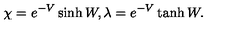
\chi = e ^ { - V } \sinh W , \lambda = e ^ { - V } \tanh W .